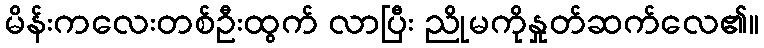
မိန်းကလေးတစ်ဦးထွက် လာပြီး ညိုမကိုနှုတ်ဆက်လေ၏။